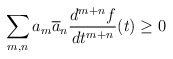
\begin{align*}\sum_{m,n} a_{m} \overline{a}_{n} \frac{d^{m + n}f}{dt^{m +n}} (t)\geq 0\end{align*}